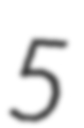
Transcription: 5